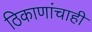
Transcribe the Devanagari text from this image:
ठिकाणांचाही